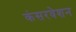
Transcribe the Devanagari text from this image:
कंसरवेशन